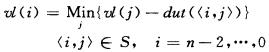
\[
\begin{align*}
w(i) &= \underset{j}{\text{Min}}\{ w(j) - dut((i,j)) \}\\
&\langle i,j\rangle\in S, \quad i = n - 2,\cdots,0
\end{align*}
\]